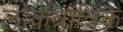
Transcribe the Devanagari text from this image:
लोकत्रांत्रिक